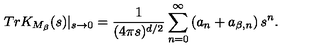
T r K _ { M _ { \beta } } ( s ) | _ { s \rightarrow 0 } = { \frac { 1 } { ( 4 \pi s ) ^ { d / 2 } } } \sum _ { n = 0 } ^ { \infty } \left( a _ { n } + a _ { \beta , n } \right) s ^ { n } .